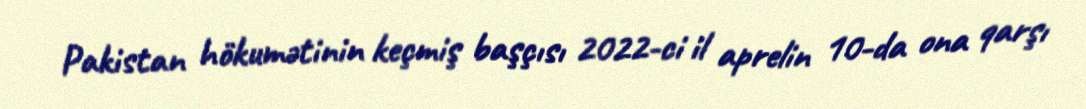
Pakistan hökumətinin keçmiş başçısı 2022-ci il aprelin 10-da ona qarşı